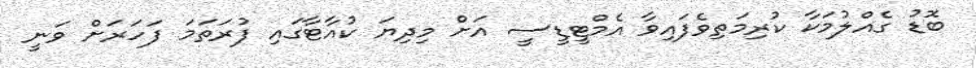
ބޮޑު ގެއްލުމަކާ ކުރިމަތިވެފައިވާ އެމްޓީޑީސީ އަށް މިދިޔަ ކުއާޓާގައި ފުރަތަމަ ފަހަރަށް ވަނީ